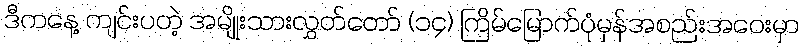
ဒီကနေ့ ကျင်းပတဲ့ အမျိုးသားလွှတ်တော် (၁၄) ကြိမ်မြောက်ပုံမှန်အစည်းအဝေးမှာ